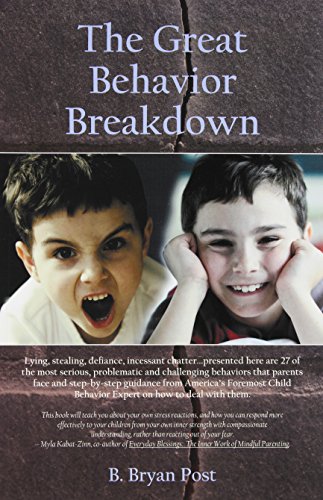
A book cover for The Great Behavior Breakdown; B. Bryan Post; Parenting & Relationships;